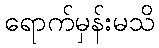
ရောက်မှန်းမသိ